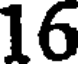
16